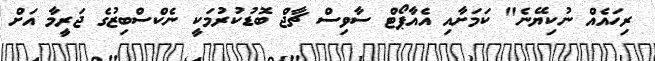
ރިހައެއް ނުކިޔޭނެ" ކަމަށާއި އެއާޕޯޓް ސާވިސް ޗާޖް ބޮޑުކުރުމަކީ ނެކްސްބިޒުގެ ޖަރީމާ އަށް